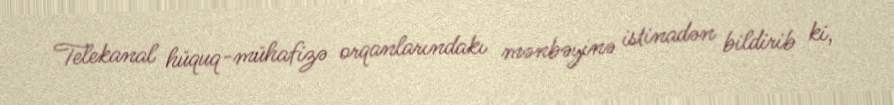
Telekanal hüquq-mühafizə orqanlarındakı mənbəyinə istinadən bildirib ki,